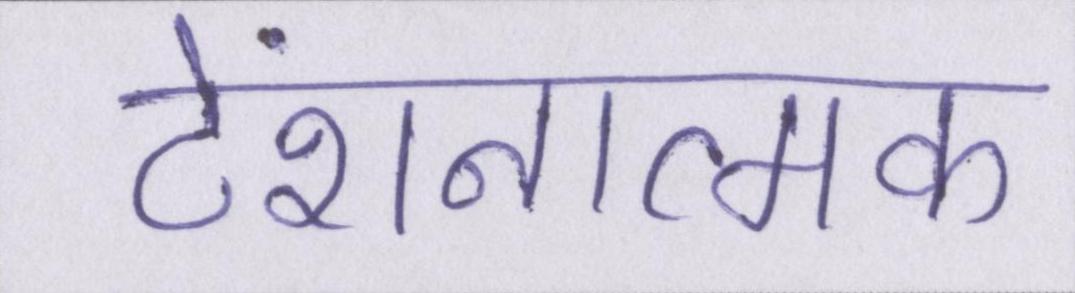
टेंशनात्मक